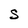
Character: S